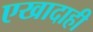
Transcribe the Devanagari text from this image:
एखादाही